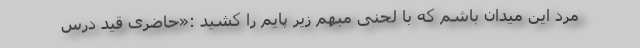
مرد این میدان باشم که با لحنی مبهم زیر پایم را کشید :«حاضری قید درس